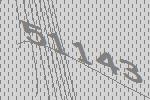
51143